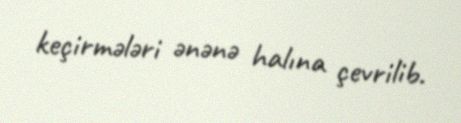
keçirmələri ənənə halına çevrilib.